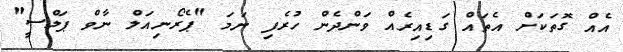
އެއް ގޮތަކަށް އެތައް ގަޑިއިރެއް ވަންދެން ހުރެފި ނަމަ "ޕެރޯނިއަލް ނާވް ޕަލްސީ"